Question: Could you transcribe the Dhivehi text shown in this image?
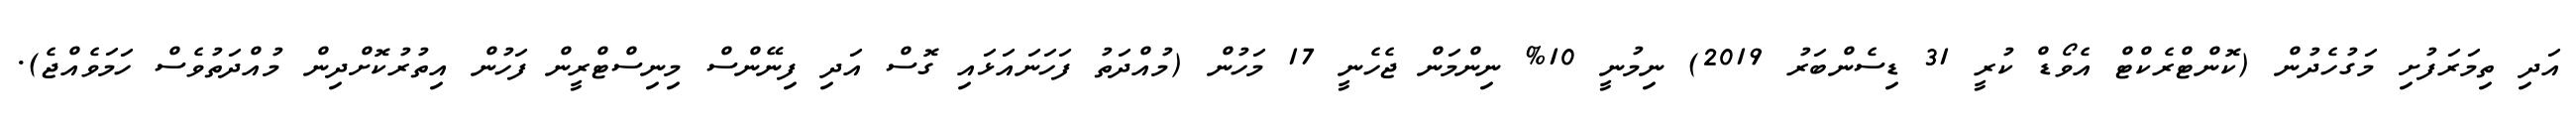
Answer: އަދި ތިމަރަފުށި މަގުހެދުން (ކޮންޓްރެކްޓް އެވޯޑް ކުރީ 31 ޑިސެންބަރު 2019) ނިމުނީ 10% ނިންމަން ޖެހެނީ 17 މަހުން (މުއްދަތު ފަހަނައަޅައި ގޮސް އަދި ފިނޭންސް މިނިސްޓްރީން ފަހުން އިތުރުކޮށްދިން މުއްދަތުވެސް ހަމަވެއްޖެ).